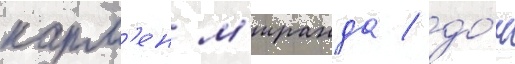
карм'ен м'иранда / до́н